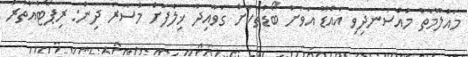
މައުލޫމާތު މުއްސަނދިވި އައްޑޫ އަވަށު ބޯޑުތަކަށް ގަވާއިދާ ޚިލާފަށް މުސާރަ ދިން: ރިޕޯޓުއުތުރު